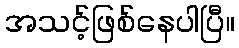
အသင့်ဖြစ်နေပါပြီ။